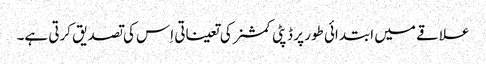
علاقے میں ابتدائی طور پر ڈپٹی کمشنر کی تعیناتی اِس کی تصدیق کرتی ہے۔